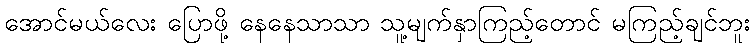
အောင်မယ်လေး ပြောဖို့ နေနေသာသာ သူ့မျက်နှာကြည့်တောင် မကြည့်ချင်ဘူး